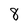
Character: 8